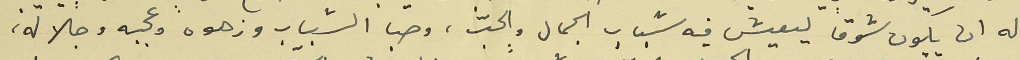
له ان يكون شوقاً ليعيش فيه شباب الجمال والحبّ، وصبا الشباب وزهوه وعجبه وجلاله،